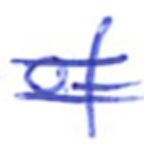
Text: of
Cross-out: mix
Writing tool: ballpoint